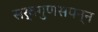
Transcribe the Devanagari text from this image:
सर्वगुणसंपन्‍न